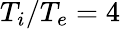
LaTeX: T_{i}/T_{e}=4